Raikkula_vallavalitsus, lk 6
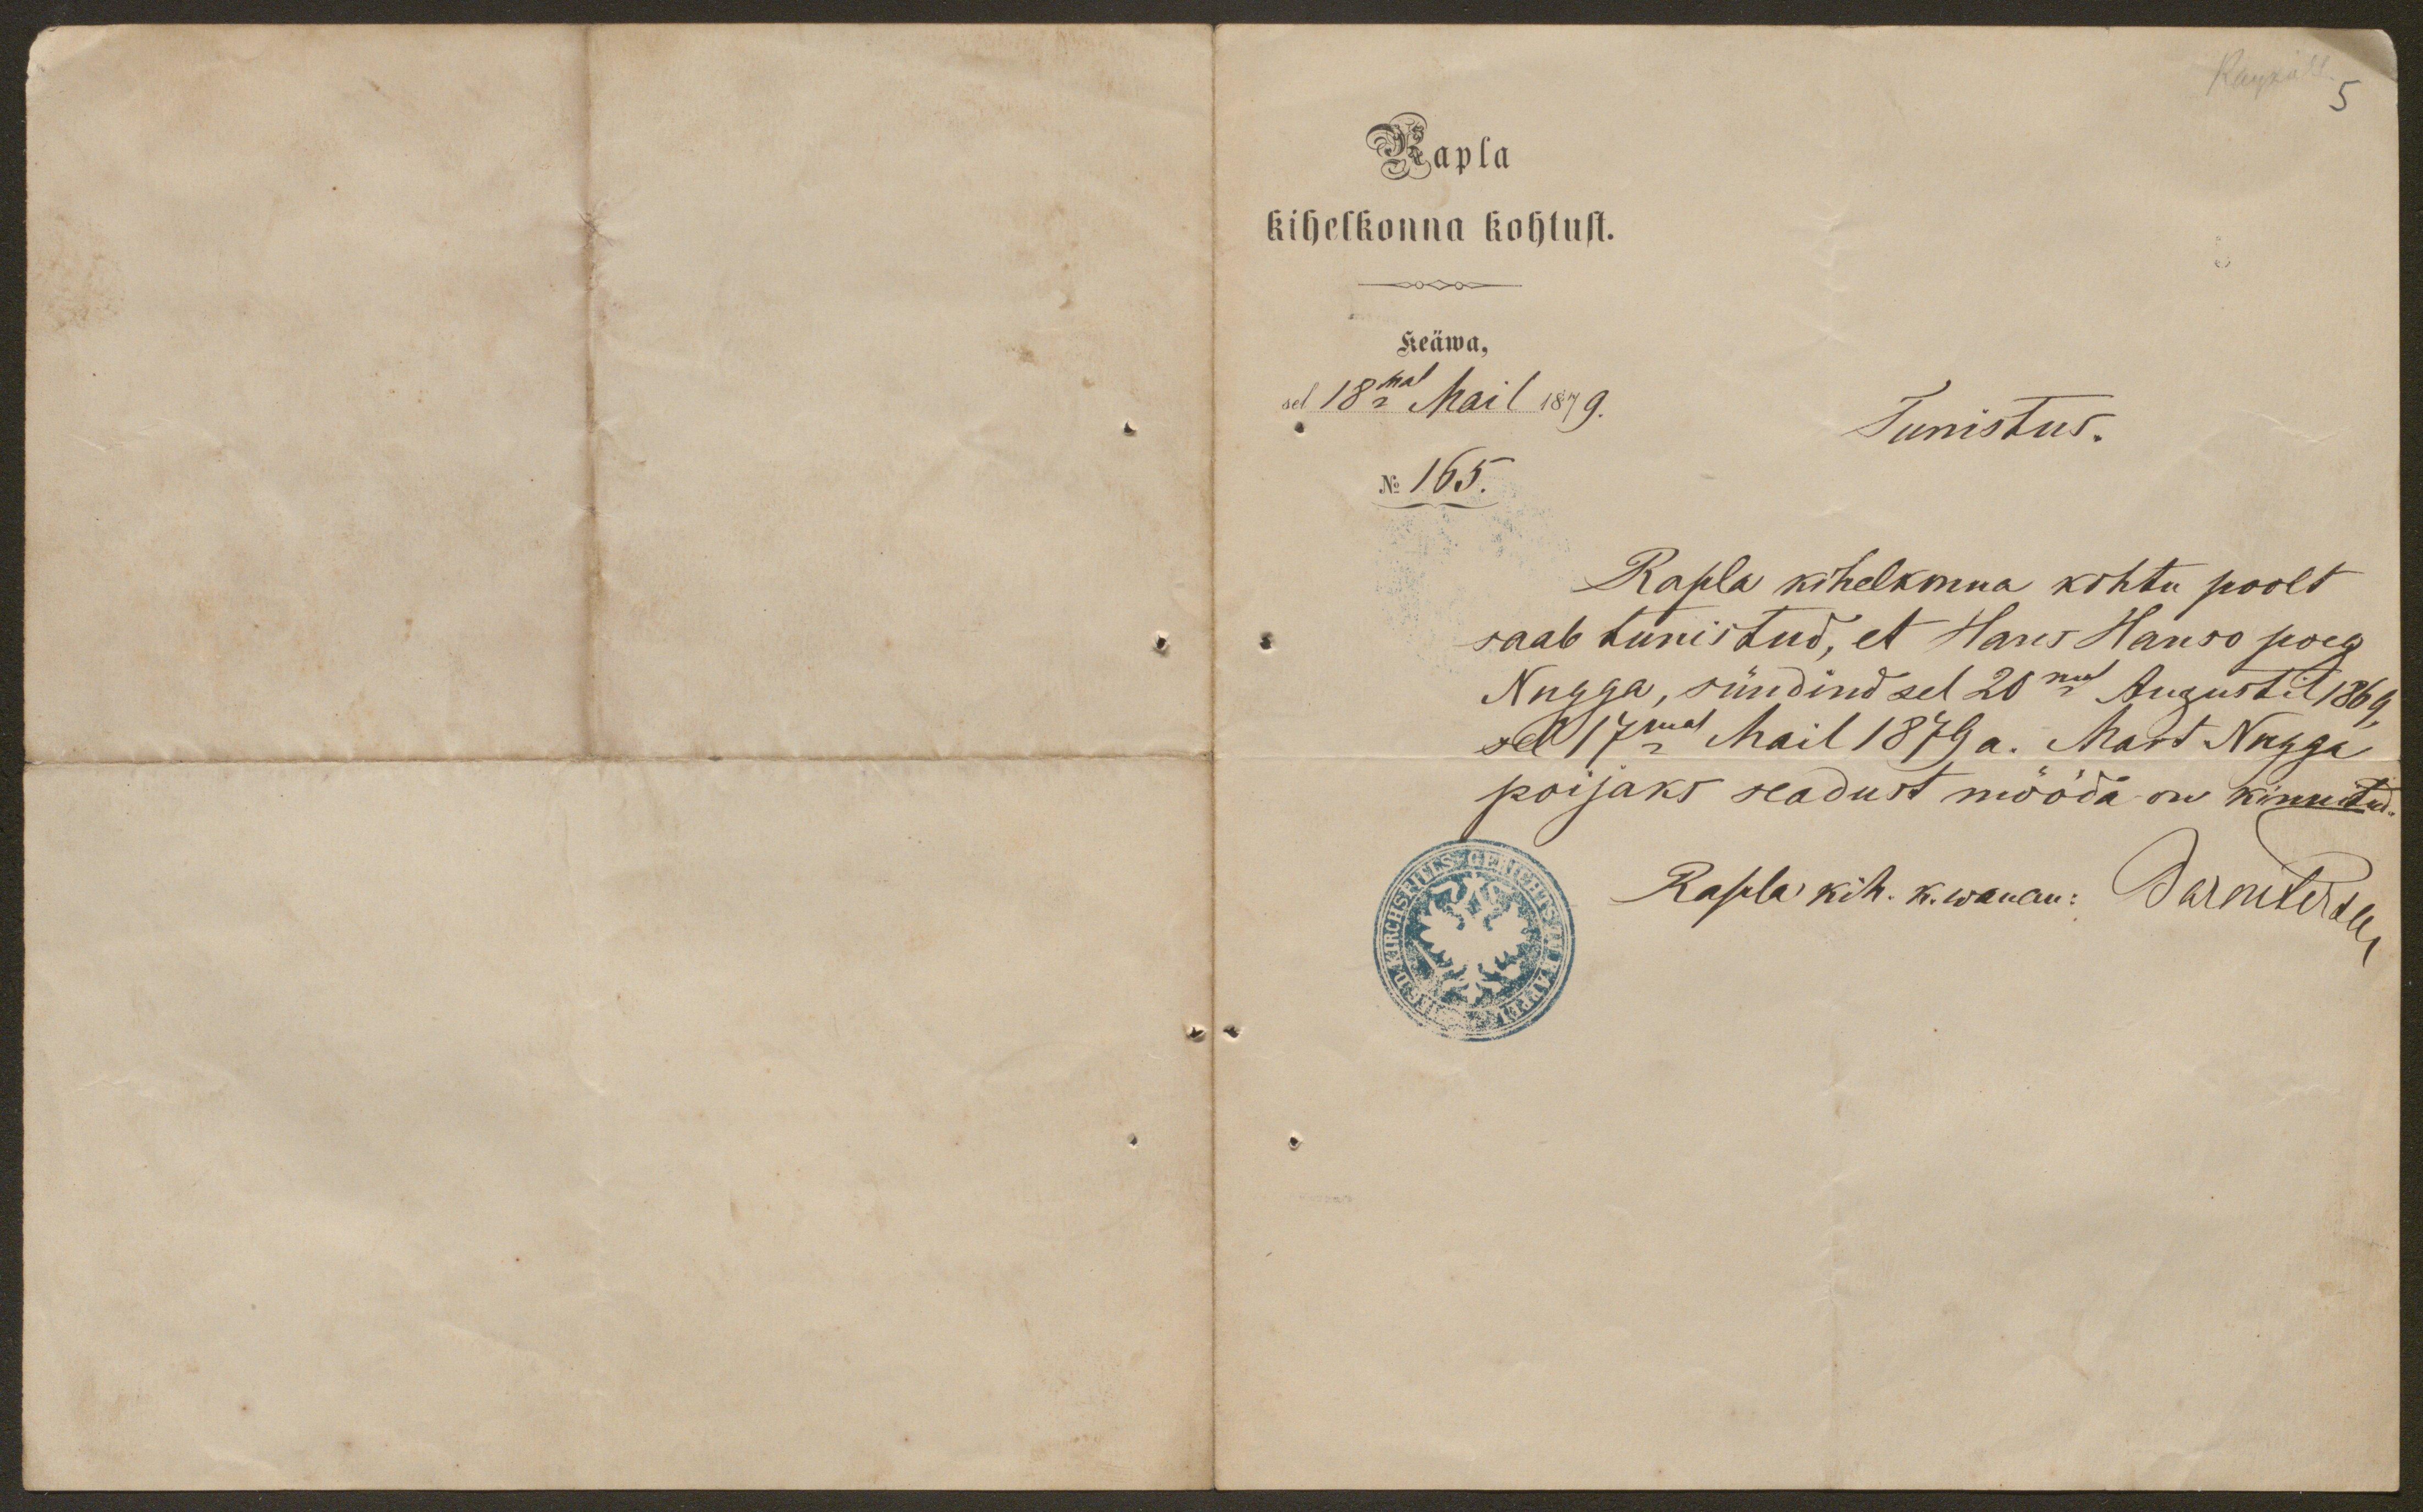
Rapla
kihelkonna kohtust.
Keäwa.
sel 18mal Mail 1879.
Tunistus.
No 165.
Rapla kihelkonna kohtu poolt
saab tunistud, et Hans Hanso poeg
Nugga, sündinud sel 20mal Augustil 1869
sel 17mal Mail 1879 a. Mart Nugga
poijaks seadust mööda on kinnitud.
Rapla kih. k. wanem: Dar Duteroll